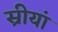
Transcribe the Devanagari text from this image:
स्रीयां